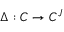
\Delta : C \to C ^ { J }